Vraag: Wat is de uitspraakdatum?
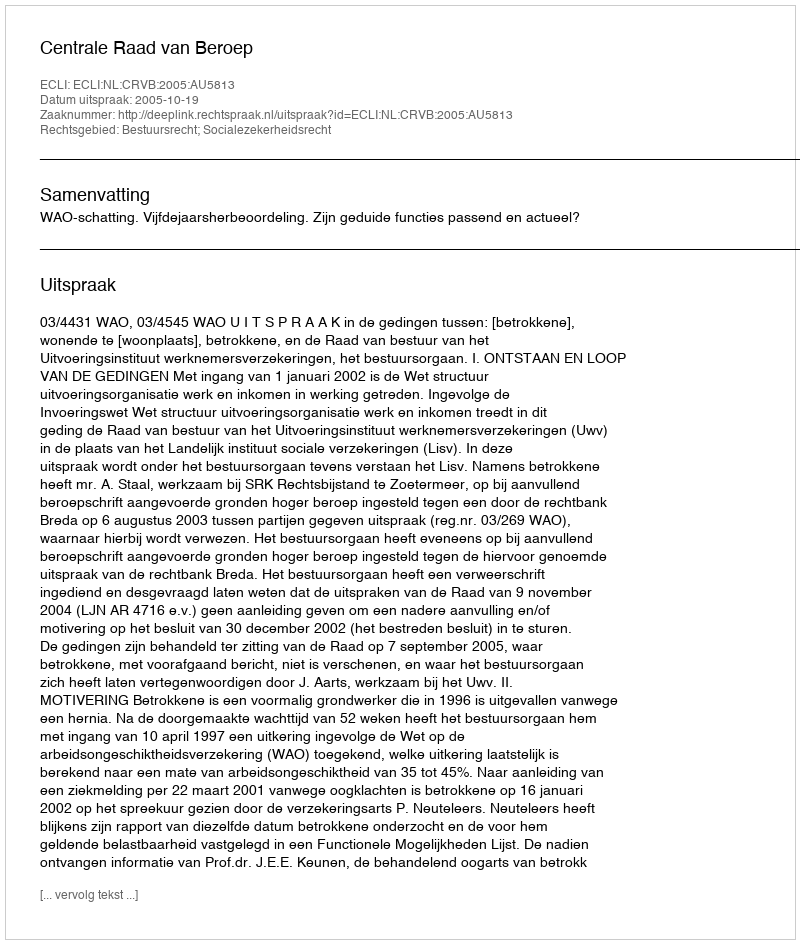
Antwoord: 2005-10-19